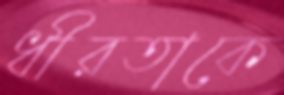
ধীরতাকে